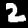
Digit: 2